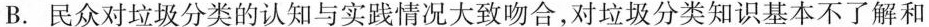
B.民众对垃圾分类的认知与实践情况大致吻合，对垃圾分类知识基本不了解和